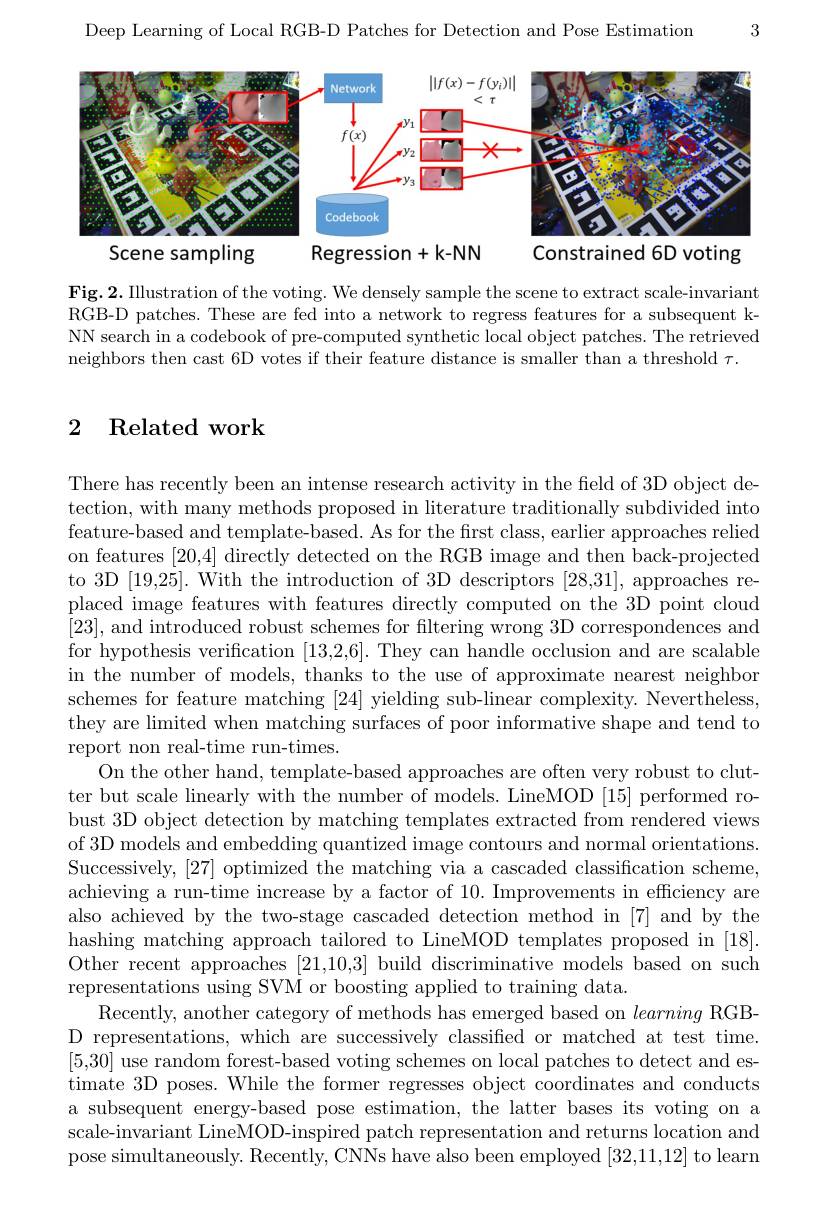
3

Deep Learning of Local RGB-D Patches for Detection and Pose Estimation

<FigureHere>
Constrained 6D voting
Scene sampling
Regression+ k- NN

Fig.2. Illustration of the voting. We densely sample the scene to extract scale-invariant RGB-D patches. These are fed into a network to regress features for a subsequent kNN search in a codebook of pre-computed synthetic local object patches. The retrieved neighbors then cast 6D votes if their feature distance is smaller than a threshold $\tau.$

## 2 Related work

There has recently been an intense research activity in the field of 3D object detection, with many methods proposed in literature traditionally subdivided into feature-based and template-based. As for the frst class, earlier approaches relied on features [20,4] directly detected on the RGB image and then back-projected to 3D [19,25]. With the introduction of 3D descriptors [28,31], approaches replaced image features with features directly computed on the 3D point cloud [23], and introduced robust schemes for filtering wrong 3D correspondences and for hypothesis verification [13,2,6]. They can handle occlusion and are scalable in the number of models, thanks to the use of approximate nearest neighbor schemes for feature matching [24] yielding sub-linear complexity. Nevertheless, they are limited when matching surfaces of poor informative shape and tend to report non real-time run-times.
On the other hand, template-based approaches are often very robust to clutter but scale linearly with the number of models. LineMOD [15] performed robust 3D object detection by matching templates extracted from rendered views of 3D models and embedding quantized image contours and normal orientations. Successively, [27] optimized the matching via a cascaded classification scheme, achieving a run-time increase by a factor of 10. Improvements in efficiency are also achieved by the two-stage cascaded detection method in [7] and by the hashing matching approach tailored to LineMOD templates proposed in [18]. Other recent approaches [21,10,3] build discriminative models based on such representations using SVM or boosting applied to training data.
Recently, another category of methods has emerged based on learning RGBD representations, which are successively classified or matched at test time. [5,30] use random forest-based voting schemes on local patches to detect and estimate 3D poses. While the former regresses object coordinates and conducts a subsequent energy-based pose estimation, the latter bases its voting on a scale-invariant LineMOD-inspired patch representation and returns location and pose simultaneously. Recently, CNNs have also been employed [32,11,12] to learn